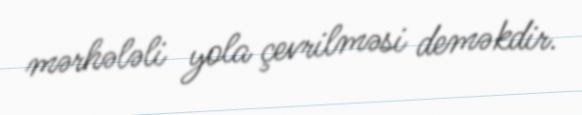
mərhələli yola çevrilməsi deməkdir.